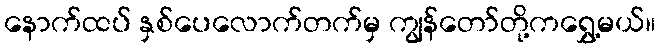
နောက်ထပ် နှစ်ပေလောက်တက်မှ ကျွန်တော်တို့ကရွှေ့မယ်။